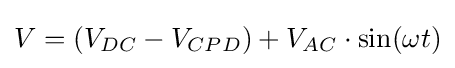
V=(V_{DC}-V_{CPD})+V_{AC}\cdot \sin(\omega t)